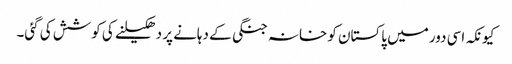
کیونکہ اسی دور میں پاکستان کو خانہ جنگی کے دہانے پر دھکیلنے کی کوشش کی گئی۔